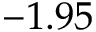
- 1 . 9 5